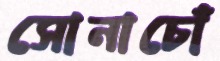
সোনাচোঁ